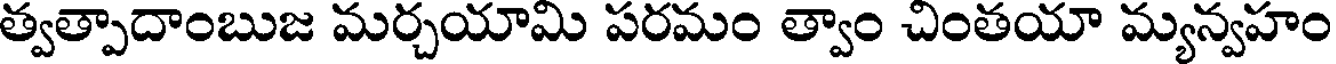
త్వత్పాదాంబుజ మర్చయామి పరమం త్వాం చింతయా మ్యన్వహం